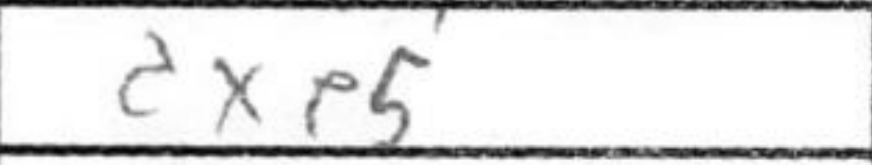
Transcription: dxe5